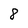
Character: 8